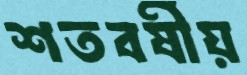
শতবর্ষীয়